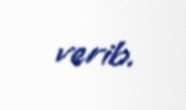
verib.